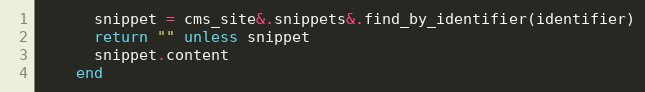
Language: Ruby
      snippet = cms_site&.snippets&.find_by_identifier(identifier)
      return "" unless snippet
      snippet.content
    end